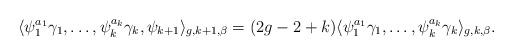
LaTeX: \begin{align*}\langle \psi_1^{a_1}\gamma_1,\dots,\psi_k^{a_k}\gamma_k,\psi_{k+1}\rangle_{g,k+1,\beta}=(2g-2+k)\langle\psi_1^{a_1}\gamma_1,\dots,\psi_k^{a_k}\gamma_k\rangle_{g,k,\beta}.\end{align*}